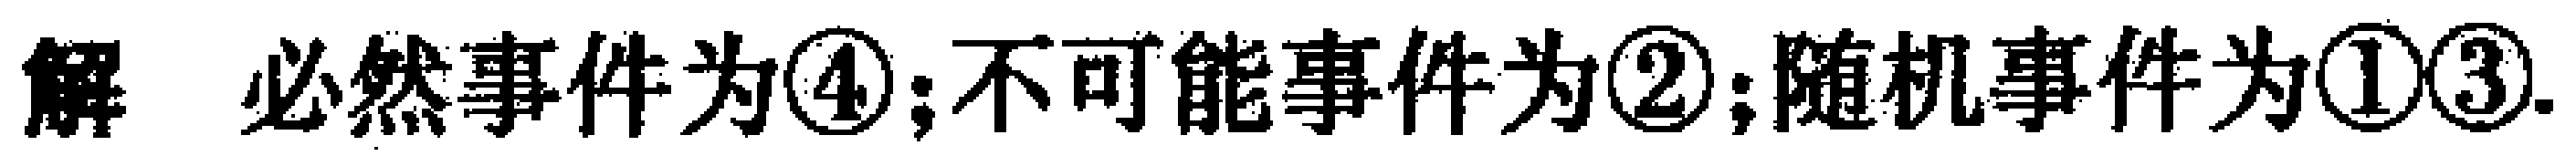
解 必然事件为\textcircled{4};不可能事件为\textcircled{2};随机事件为\textcircled{1}\textcircled{3}.